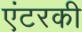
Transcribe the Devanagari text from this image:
एंटरकी